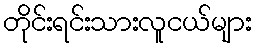
တိုင်းရင်းသားလူငယ်များ